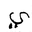
Letter: _ya